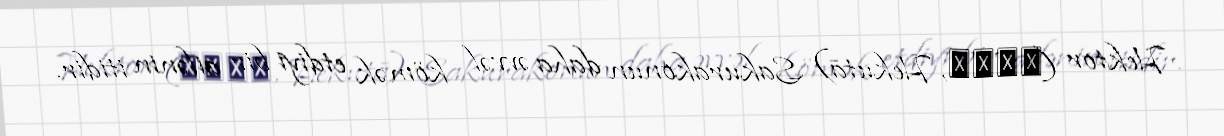
Hektor (へクター, Hekutā) Sakurakonun daha əvvəl kömək etdiyi bir ailənin itidir.